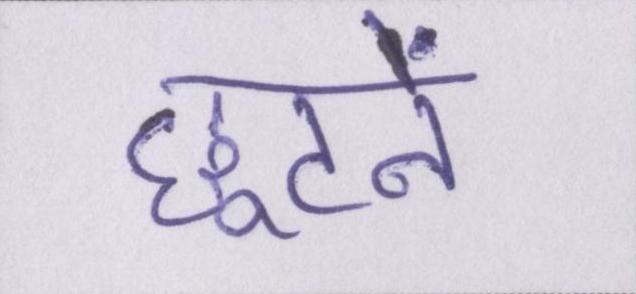
छूटने